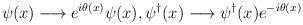
LaTeX: \begin{align*}\psi(x)\longrightarrow e^{i\theta(x)}\psi(x),\psi^{\dag}(x)\longrightarrow \psi^{\dag}(x)e^{-i\theta(x)}\end{align*}